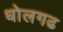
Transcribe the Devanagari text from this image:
धोलगढ